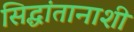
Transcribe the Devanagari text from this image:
सिद्धांतानाशी